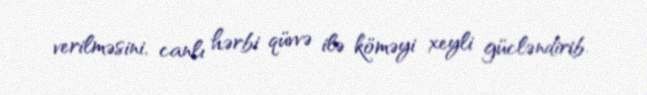
verilməsini, canlı hərbi qüvvə ilə köməyi xeyli gücləndirib.